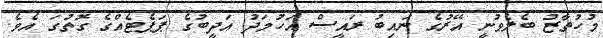
މުހުތާޒު ބެލެވުނީ އޭރުގެ ނައިބު ރައީސް އަހުމަދު އަދީބުގެ ޕަޕެޓެއްގެ ގޮތުގަ އެވެ.